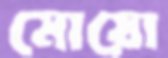
মোয়ো